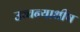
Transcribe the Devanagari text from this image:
उच्चन्याधीष